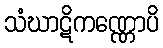
သံဃာဋိကဏ္ဏောပိ